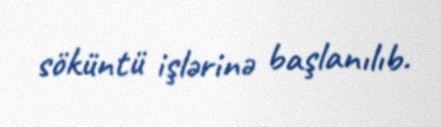
söküntü işlərinə başlanılıb.